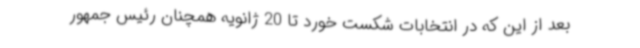
بعد از این که در انتخابات شکست خورد تا 20 ژانویه همچنان رئیس جمهور